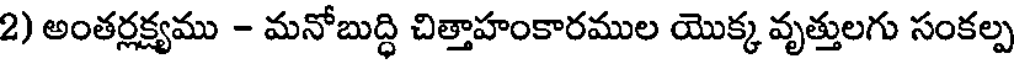
2) అంతర్లక్ష్యము - మనోబుద్ధి చిత్తాహంకారముల యొక్క వృత్తులగు సంకల్ప